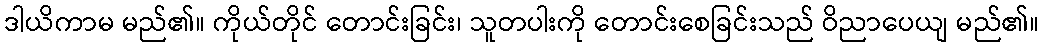
ဒါယိကာမ မည်၏။ ကိုယ်တိုင် တောင်းခြင်း၊ သူတပါးကို တောင်းစေခြင်းသည် ဝိညာပေယျ မည်၏။